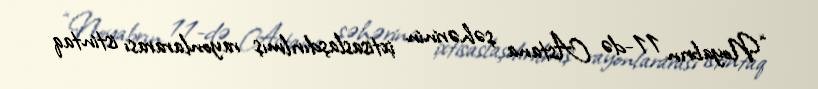
“Noyabrın 11-də Astana şəhərinin ixtisaslaşdırılmış rayonlararası istintaq